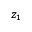
z _ { 1 }